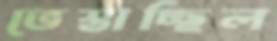
ভেস্তাচ্ছিল